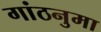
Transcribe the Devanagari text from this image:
गांठनुमा